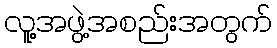
လူ့အဖွဲ့အစည်းအတွက်